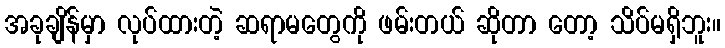
အခုချိန်မှာ လုပ်ထားတဲ့ ဆရာမတွေကို ဖမ်းတယ် ဆိုတာ တော့ သိပ်မရှိဘူး။